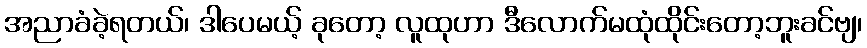
အညာခံခဲ့ရတယ်၊ ဒါပေမယ့် ခုတော့ လူထုဟာ ဒီလောက်မထုံထိုင်းတော့ဘူးခင်ဗျ၊